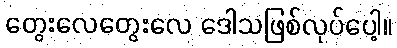
တွေးလေတွေးလေ ဒေါသဖြစ်လုပ်ပေါ့။